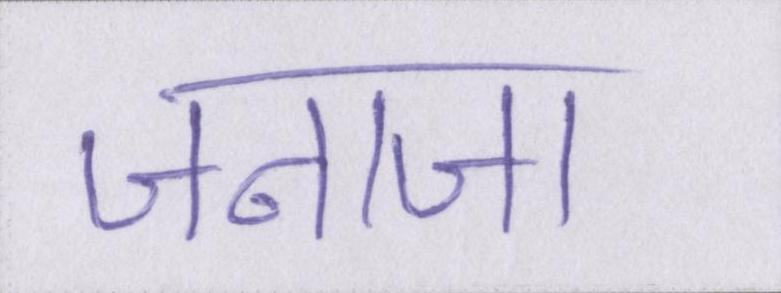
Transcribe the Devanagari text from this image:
जनाजा